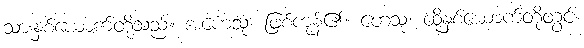
သားနှစ်ယောက်တို့သည်။ အဟေသုံ၊ ဖြစ်ကုန်၏။ တေသု၊ ထိုနှစ်ယောက်တို့တွင်။